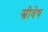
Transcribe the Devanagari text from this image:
स्त्रीवेष